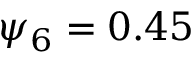
\psi _ { 6 } = 0 . 4 5